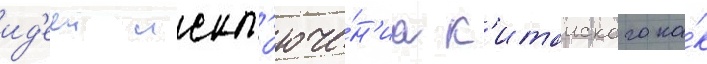
ид'ееи искл'юче́н'иа к'итаиского ка́к